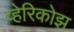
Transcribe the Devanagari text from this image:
व्हेरिकोझ